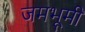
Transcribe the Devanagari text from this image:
जमभूमी